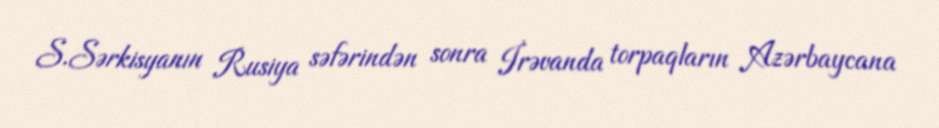
S.Sərkisyanın Rusiya səfərindən sonra İrəvanda torpaqların Azərbaycana